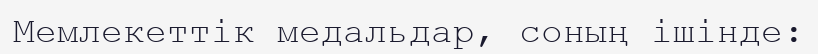
Мемлекеттік медальдар, соның ішінде: